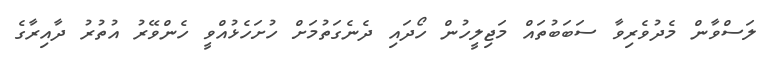
ލަސްވާން މެދުވެރިވާ ސަބަބުތައް މަޖިލީހުން ހޯދައި ދެނެގަތުމަށް ހުށަހެޅުއްވީ ހެންވޭރު އުތުރު ދާއިރާގެ